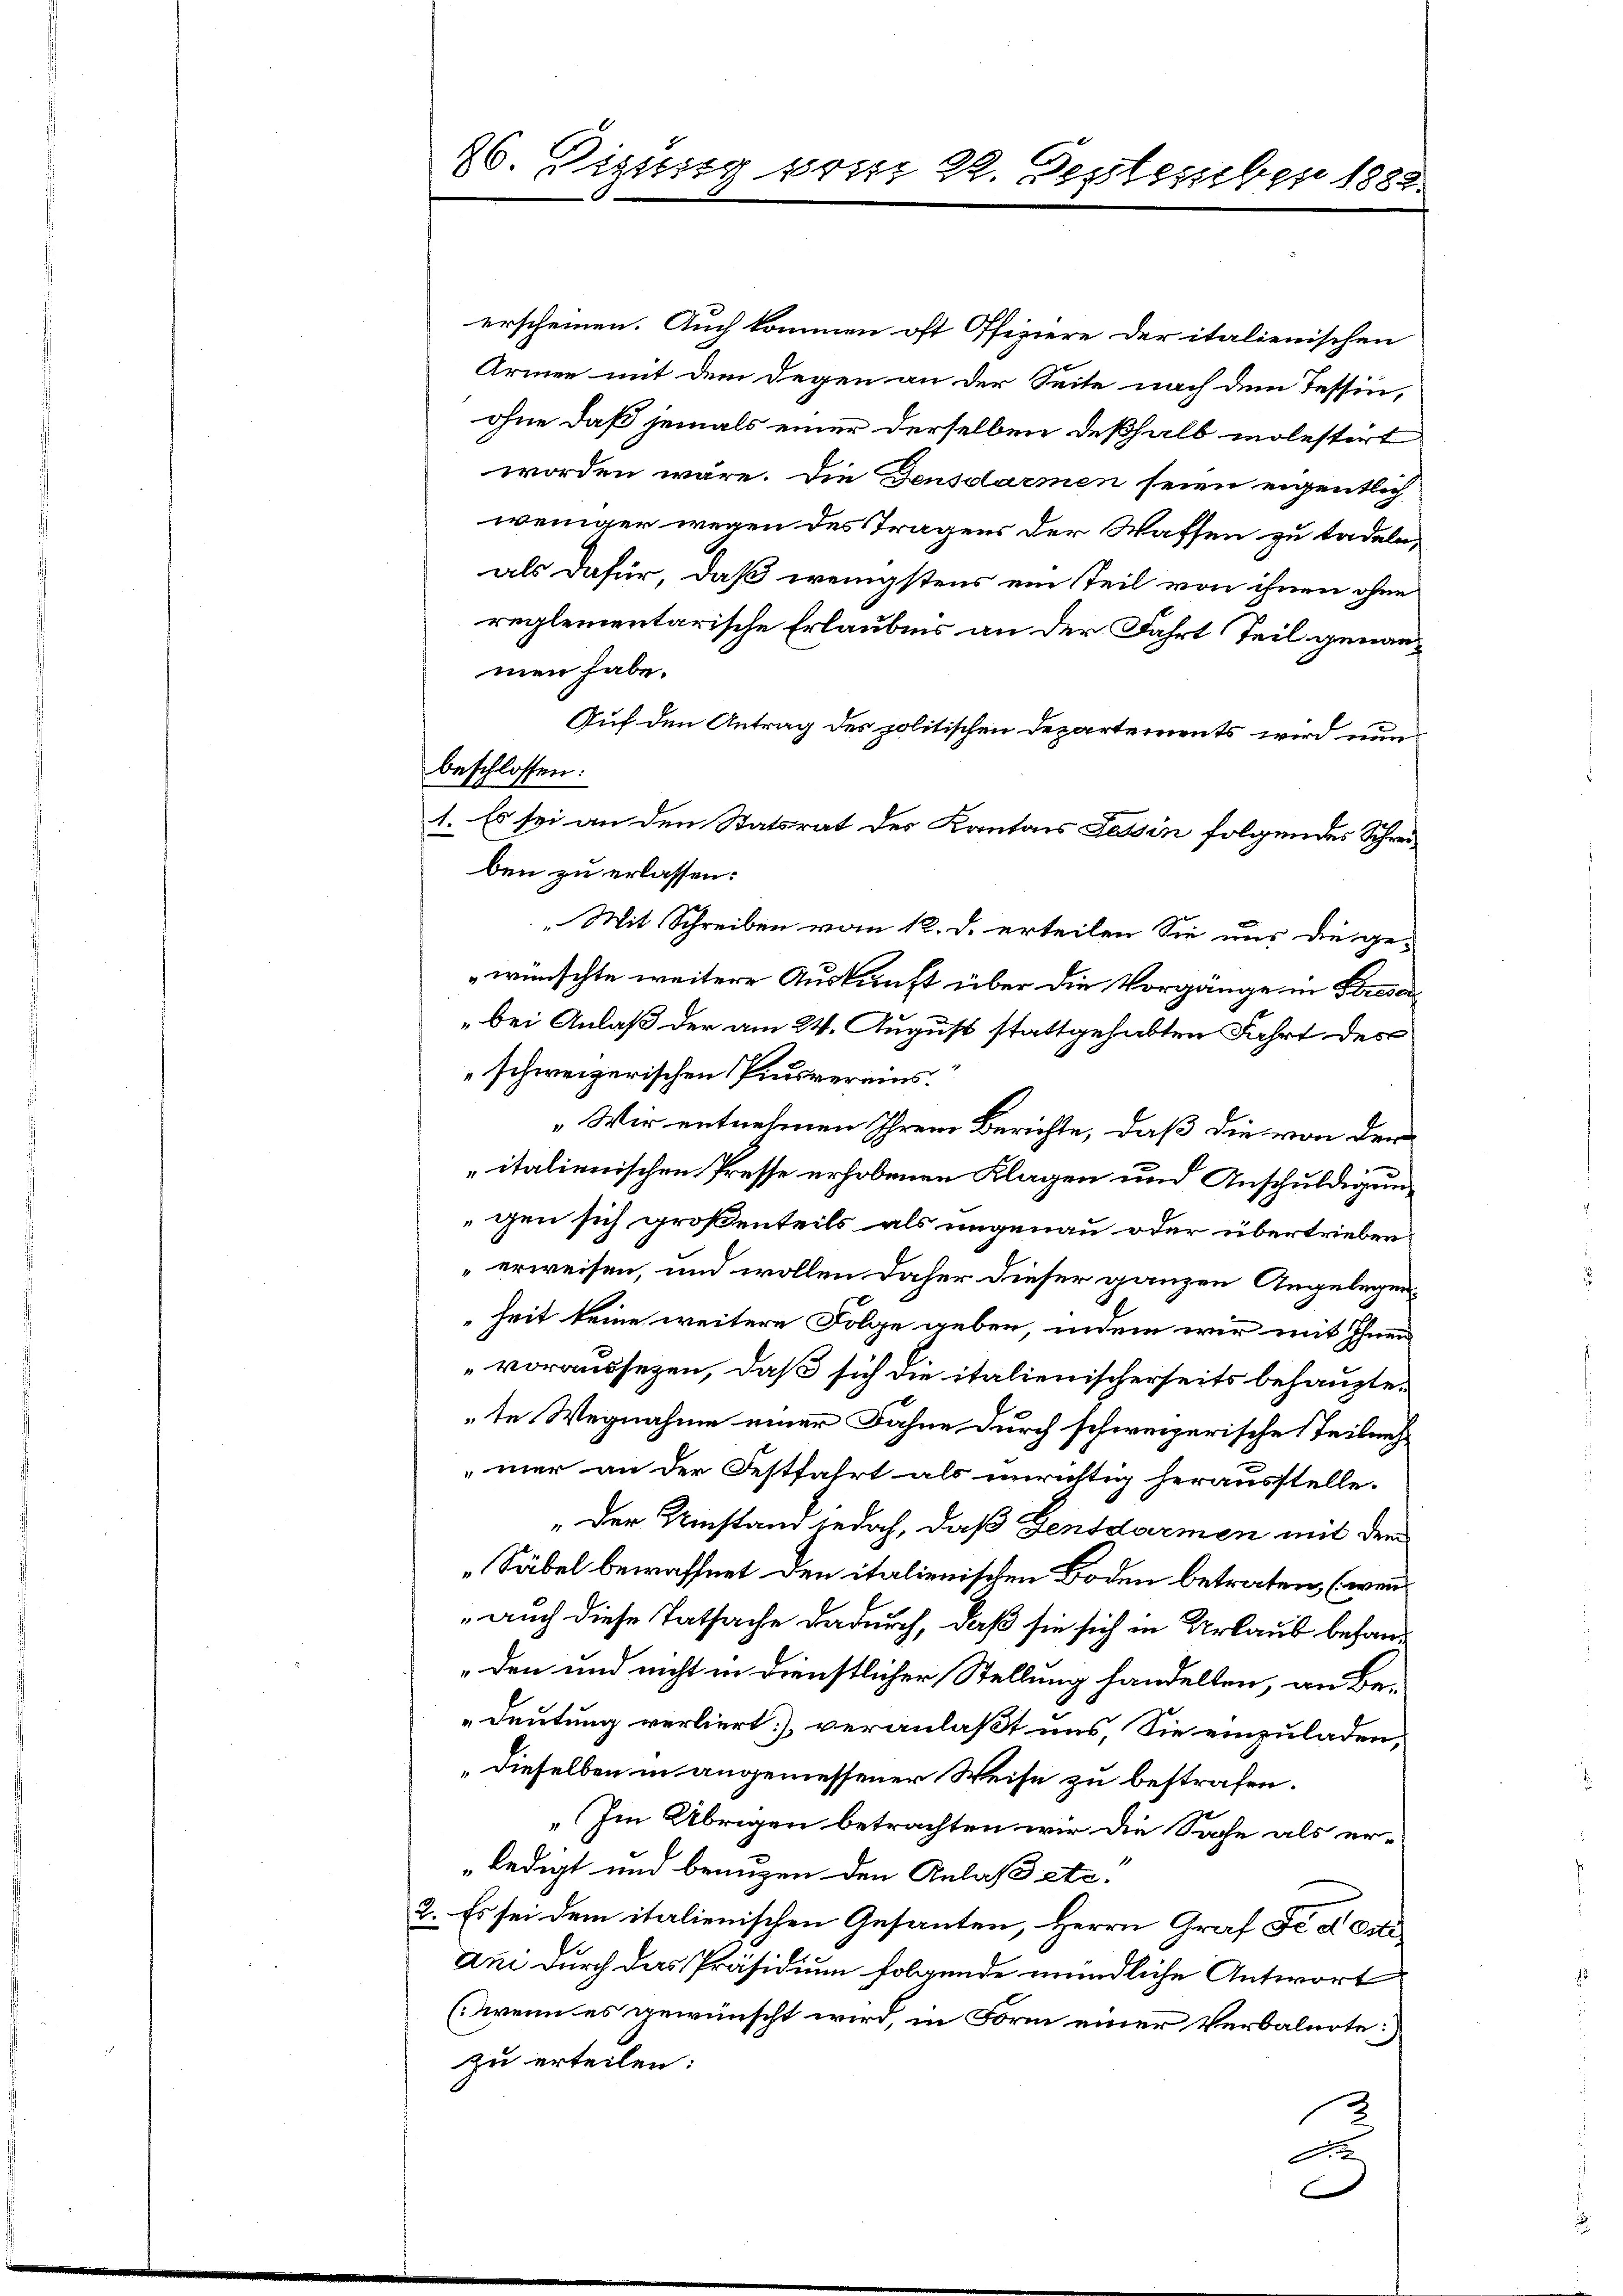
26. Disses vom 22. Deptember 1888.

beschlossen:

erscheinen. Auch kommen oft Ofiziere der italienischen
Armee mit dem Degen an der Seite nach den Tessin,
ohne daß jemals einer derselben deßhalb molestirt
worden wäre. Die Gensdarmen seien eigentlich
weniger wegen des Tragens der Waffen zu tadeln,
als dafür, daß wenigstens ein Teil von ihnen ohne
reglementarische Erlaubnis an der Fahrt Teil genannmen habe.
Auf den Antrag des politischen Departements wird nun
1. Es sei an den Statsrat des Kantons Tessin folgendes Schreiben zu erlassen:
„Mit Schreiben vom 12. d. erteilen Sie uns die ge-
wünschte weitere Auskunft über die Vorgänge in Besa
bei Anlaß der am 24. August stattgehabten Fahrt des
schweizerischen Pinsvereins.
„Wir entnehmen Ihrem Berichte, daß die von dem
italienischen Presse erhobenen Klagen und Anschuldigung
gen sich großenteils als ungenau oder übertrieben.
erweisen, und wollen daher dieser ganzen Angelegenheit keine weitere Folge geben, indem wir mit Ihnen
voraussezen, daß sich die italienischerseits behauptete Wegnahme einer Fahne durch schweizerische Teilnehmer an der Festfahrt als unrichtig herausstelle.
„Der Umstand jedoch, daß Gensdarmen mit dem
„Säbel bewaffnet den italienischen Boden betraten, (wenn
auch diese Tatsache dadurch, daß sie sich in Urlaub behan¬
„den und nicht in dienstlicher Stellung handelten, an Be¬
Deutung verliert] veranlaßt uns, Sie einzuladen,
„dieselben in angemessener Weise zu bestrafen.
„Im Übrigen betrachten wir die Sache als er¬
„ledigt und benuzen den Anlaß etc.
2. Es sei dem italienischen Gesanten, Herrn Graf Fe dortiam durch das Präsidium folgende mündliche Antwort
(Wenn es gewünscht wird, in Form einer Verbalnote:
zu erteilen:
F
b